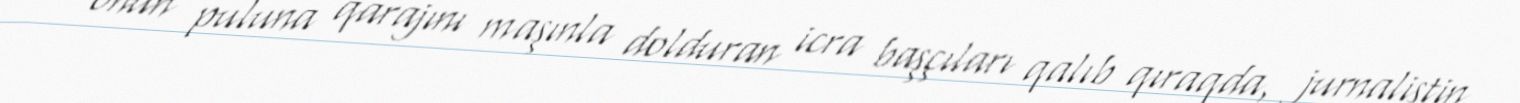
onun puluna qarajını maşınla dolduran icra başçıları qalıb qıraqda, jurnalistin